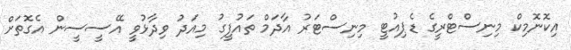
އިކޮނޮމިކް މިނިސްޓްރީގެ ޑެޕިއުޓީ މިނިސްޓަރު އާދަމް ތައުފީގު މިއަދު ވިދާޅުވީ އޭސީސީން އެގޮތަށް